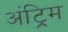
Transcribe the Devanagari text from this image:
अंट्रिम